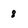
Character: 8